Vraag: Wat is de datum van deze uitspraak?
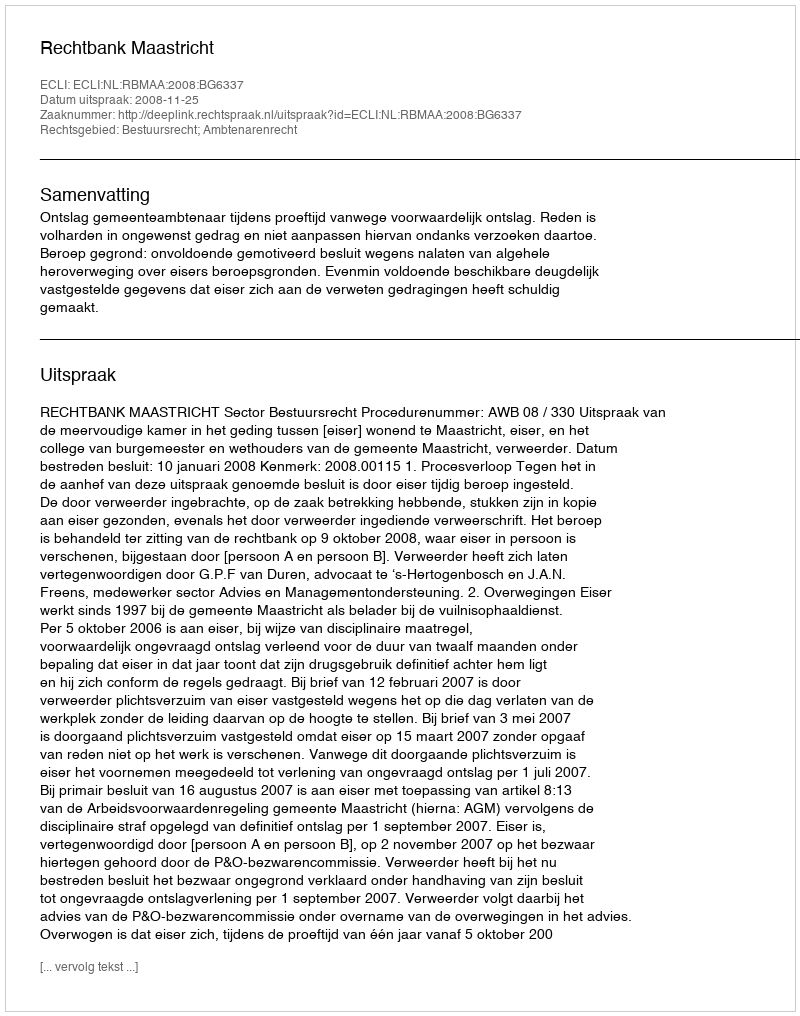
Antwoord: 2008-11-25